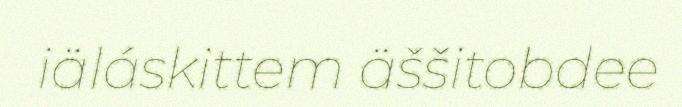
iäláskittem äššitobdee